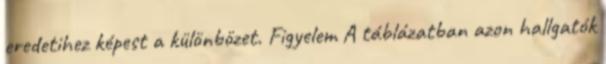
eredetihez képest a különbözet. Figyelem A táblázatban azon hallgatók